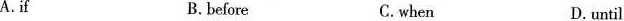
A.f B. before C.when D.until